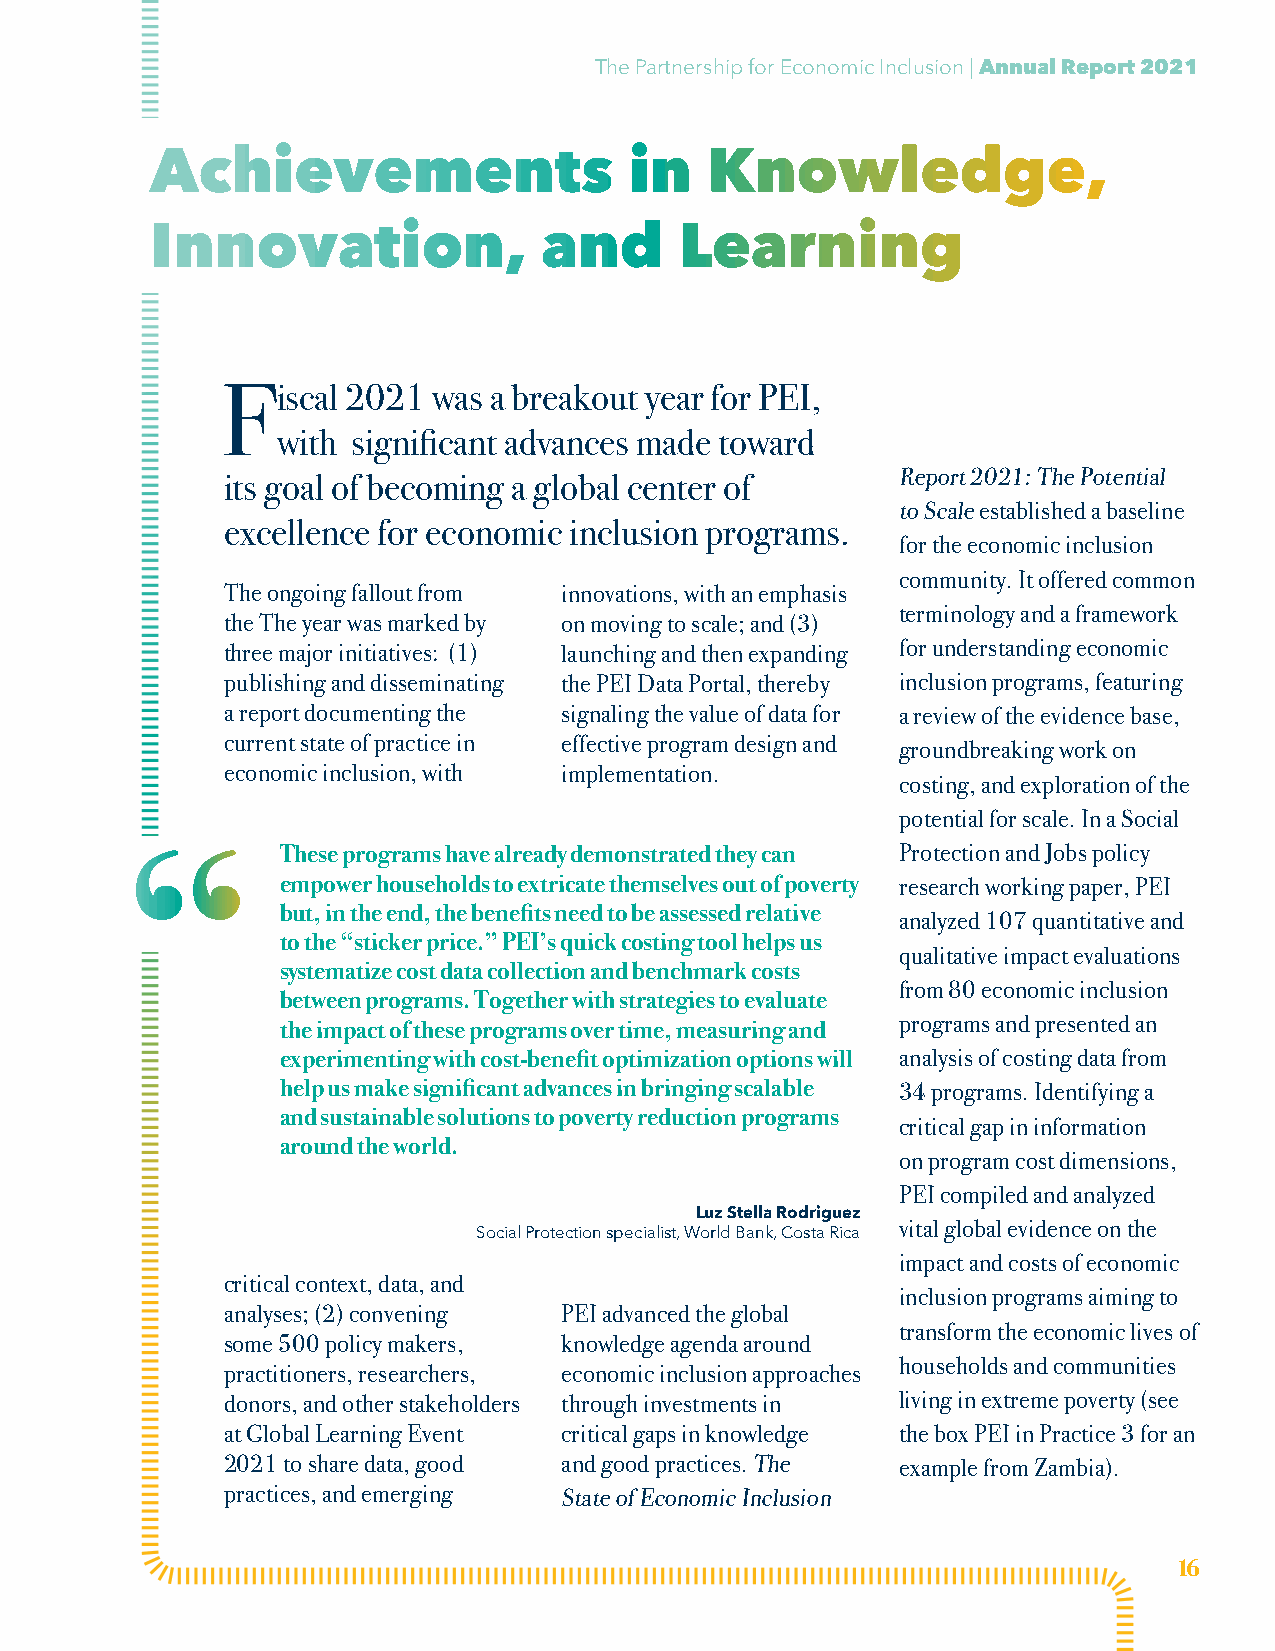
The Partnership for Economic Inclusion | Annual Report 2021
 Achievements                    in   Knowledge,
 Innovation,               and      Learning
 Fiscal  2021  was a breakout year for PEI,
 with significant advances made toward
 Report 2021: The Potential
 its goal of becoming a global center of
 to Scale established a baseline
 excellence for economic inclusion programs.
 for the economic inclusion
 community. It offered common
 The ongoing fallout from innovations, with an emphasis
 terminology and a framework
 the The year was marked by on moving to scale; and (3)
 three major initiatives: (1) launching and then expanding for understanding economic
 publishing and disseminating the PEI Data Portal, thereby inclusion programs, featuring
 a report documenting the signaling the value of data for a review of the evidence base,
 current state of practice in effective program design and
 groundbreaking work on
 economic inclusion, with implementation.
 costing, and exploration of the
 potential for scale. In a Social
 “          These programs have already demonstrated they can Protection and Jobs policy
 empower households to extricate themselves out of poverty research working paper, PEI
 but, in the end, the benefits need to be assessed relative
 analyzed 107 quantitative and
 to the “sticker price.” PEI’s quick costing tool helps us
 qualitative impact evaluations
 systematize cost data collection and benchmark costs
 from 80 economic inclusion
 between programs. Together with strategies to evaluate
 programs and presented an
 the impact of these programs over time, measuring and
 experimenting with cost-benefit optimization options will analysis of costing data from
 help us make significant advances in bringing scalable 34 programs. Identifying a
 and sustainable solutions to poverty reduction programs
 critical gap in information
 around the world.
 on program cost dimensions,
 PEI compiled and analyzed
 Luz Stella Rodriguez
 vital global evidence on the
 Social Protection specialist, World Bank, Costa Rica
 impact and costs of economic
 critical context, data, and
 inclusion programs aiming to
 analyses; (2) convening PEI advanced the global
 transform the economic lives of
 some 500 policy makers, knowledge agenda around
 households and communities
 practitioners, researchers, economic inclusion approaches
 donors, and other stakeholders through investments in living in extreme poverty (see
 at Global Learning Event critical gaps in knowledge the box PEI in Practice 3 for an
 2021 to share data, good and good practices. The example from Zambia).
 practices, and emerging State of Economic Inclusion
 16